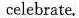
celebrate.